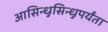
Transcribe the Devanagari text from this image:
आसिन्धुसिन्धुपर्यंता